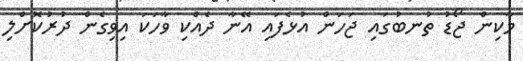
މާކިން ޖޯޑު ތުނބުގައި ޖަހަން އުޅެފައި އޭނާ ދެއްކި ވާހަކަ އިވިގެން ދުރުކޮށްލި